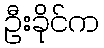
ဦးခိုင်က